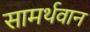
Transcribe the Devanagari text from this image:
सामर्थवान